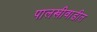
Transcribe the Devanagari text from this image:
पालखीवाडीत